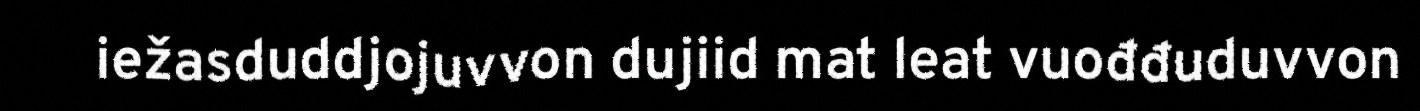
iežasduddjojuvvon dujiid mat leat vuođđuduvvon